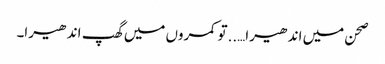
صحن میں اندھیرا…..تو کمروں میں گھپ اندھیرا۔